system: You are a helpful assistant.
user:
Analyze the provided spectrum to determine if it is a **S-type Star**.

- **Key Indicators for S-type Star:**

    - **(Overall Spectrum Shape):** The first and most obvious characteristic is the overall continuum (the "baseline" shape). It is **extremely "red-sloping,"** meaning the flux (light intensity) is very low on the left side (blue, ~4000-4500 Å) and rises steeply and continuously toward the right side (red, ~7000 Å+).

    - **(Primary):** The spectrum is defined by the presence of strong, broad molecular absorption "valleys" (bands) from **Zirconium Oxide (ZrO)**. The identification of these bands is the **primary requirement** for classifying a star as S-type.
        - **(Key Bandheads):** You must find distinct, deep "dips" where the light has been absorbed. The most critical band systems to locate are:
            - **~6474 Å** ($\gamma$-system): This is often the strongest and clearest ZrO feature, found in the red part of the spectrum.
            - **~5718 Å** & **~5551 Å** ($\beta$-system): A pair of prominent absorption features in the yellow-orange part of the spectrum.
            - **~4640 Å** ($\alpha$-system): A key absorption band system in the blue-green region of the spectrum.

    - **(Secondary Confirmation):** The classification is strengthened by finding additional absorption bands from other related heavy element oxides, which are expected to be present alongside ZrO.
        - **(Key Bandheads):**
            - **Yttrium Oxide (YO):** Look for absorption dips near **~4800 Å** and **~6100 Å**.
            - **Lanthanum Oxide (LaO):** Additional absorption features, particularly in the red-orange part of the spectrum, are also characteristic.

    - **(Line Profile):** The combination of the steep red continuum and these numerous, deep molecular bands (ZrO, YO, etc.) gives the entire spectrum a very **"chopped-up"** or **"bumpy"** appearance. Instead of a smooth curve, the spectrum looks as though large, wide chunks of light have been "carved out" of it at the specific wavelengths listed above.

Think first, call **spectral_visualization_tool** if needed to examine features in detail, then provide your final answer. Your response must adhere to the following strict rules:
1.  **Overall Structure:** Your response must follow the format `<think>...</think> <tool_call>...</tool_call> (if a tool is used) <answer>...</answer>`.
2.  **Tool Usage Constraint:** You may only make **one** tool call per turn.
3.  **Final Answer Format:** In the `<answer>` tag, your conclusion must be inside a `\boxed{}` command (e.g., `\boxed{YES}` or `\boxed{NO}`), followed by your justification.

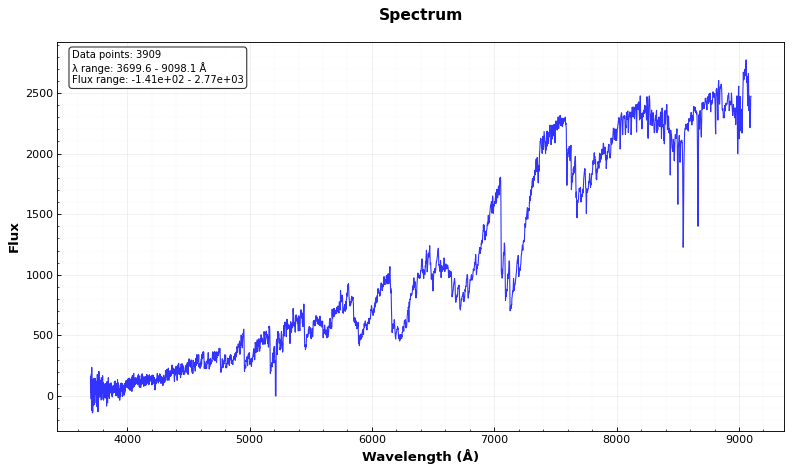
Answer: YES